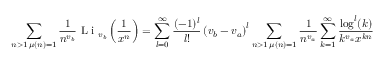
\sum _ { \substack { n > 1 \, \mu ( n ) = 1 } } \frac { 1 } { n ^ { v _ { b } } } \textnormal { L i } _ { v _ { b } } \left( \frac { 1 } { x ^ { n } } \right) = \sum _ { l = 0 } ^ { \infty } \frac { ( - 1 ) ^ { l } } { l ! } \left( v _ { b } - v _ { a } \right) ^ { l } \sum _ { \substack { n > 1 \, \mu ( n ) = 1 } } \frac { 1 } { n ^ { v _ { a } } } \sum _ { k = 1 } ^ { \infty } \frac { \log ^ { l } ( k ) } { k ^ { v _ { a } } x ^ { k n } }